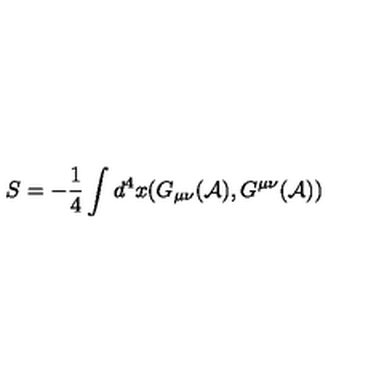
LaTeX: S = - \frac { 1 } { 4 } \int d ^ { 4 } x ( G _ { \mu \nu } ( { \cal A } ) , G ^ { \mu \nu } ( { \cal A } ) )